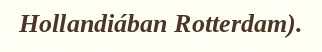
Hollandiában Rotterdam).